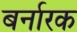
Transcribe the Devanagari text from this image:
बर्नारक